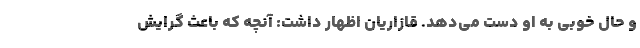
و حال خوبی به او دست می‌دهد. قازاریان اظهار داشت: آنچه که باعث گرایش